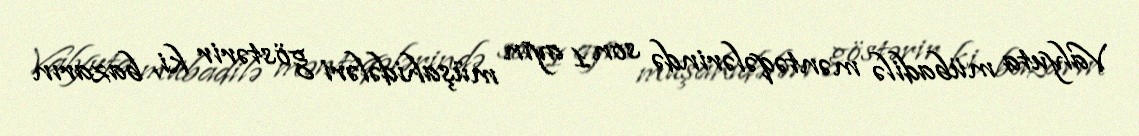
Valyuta mübadilə məntəqələrində son 1 ayın müşahidələri göstərir ki, bazarın